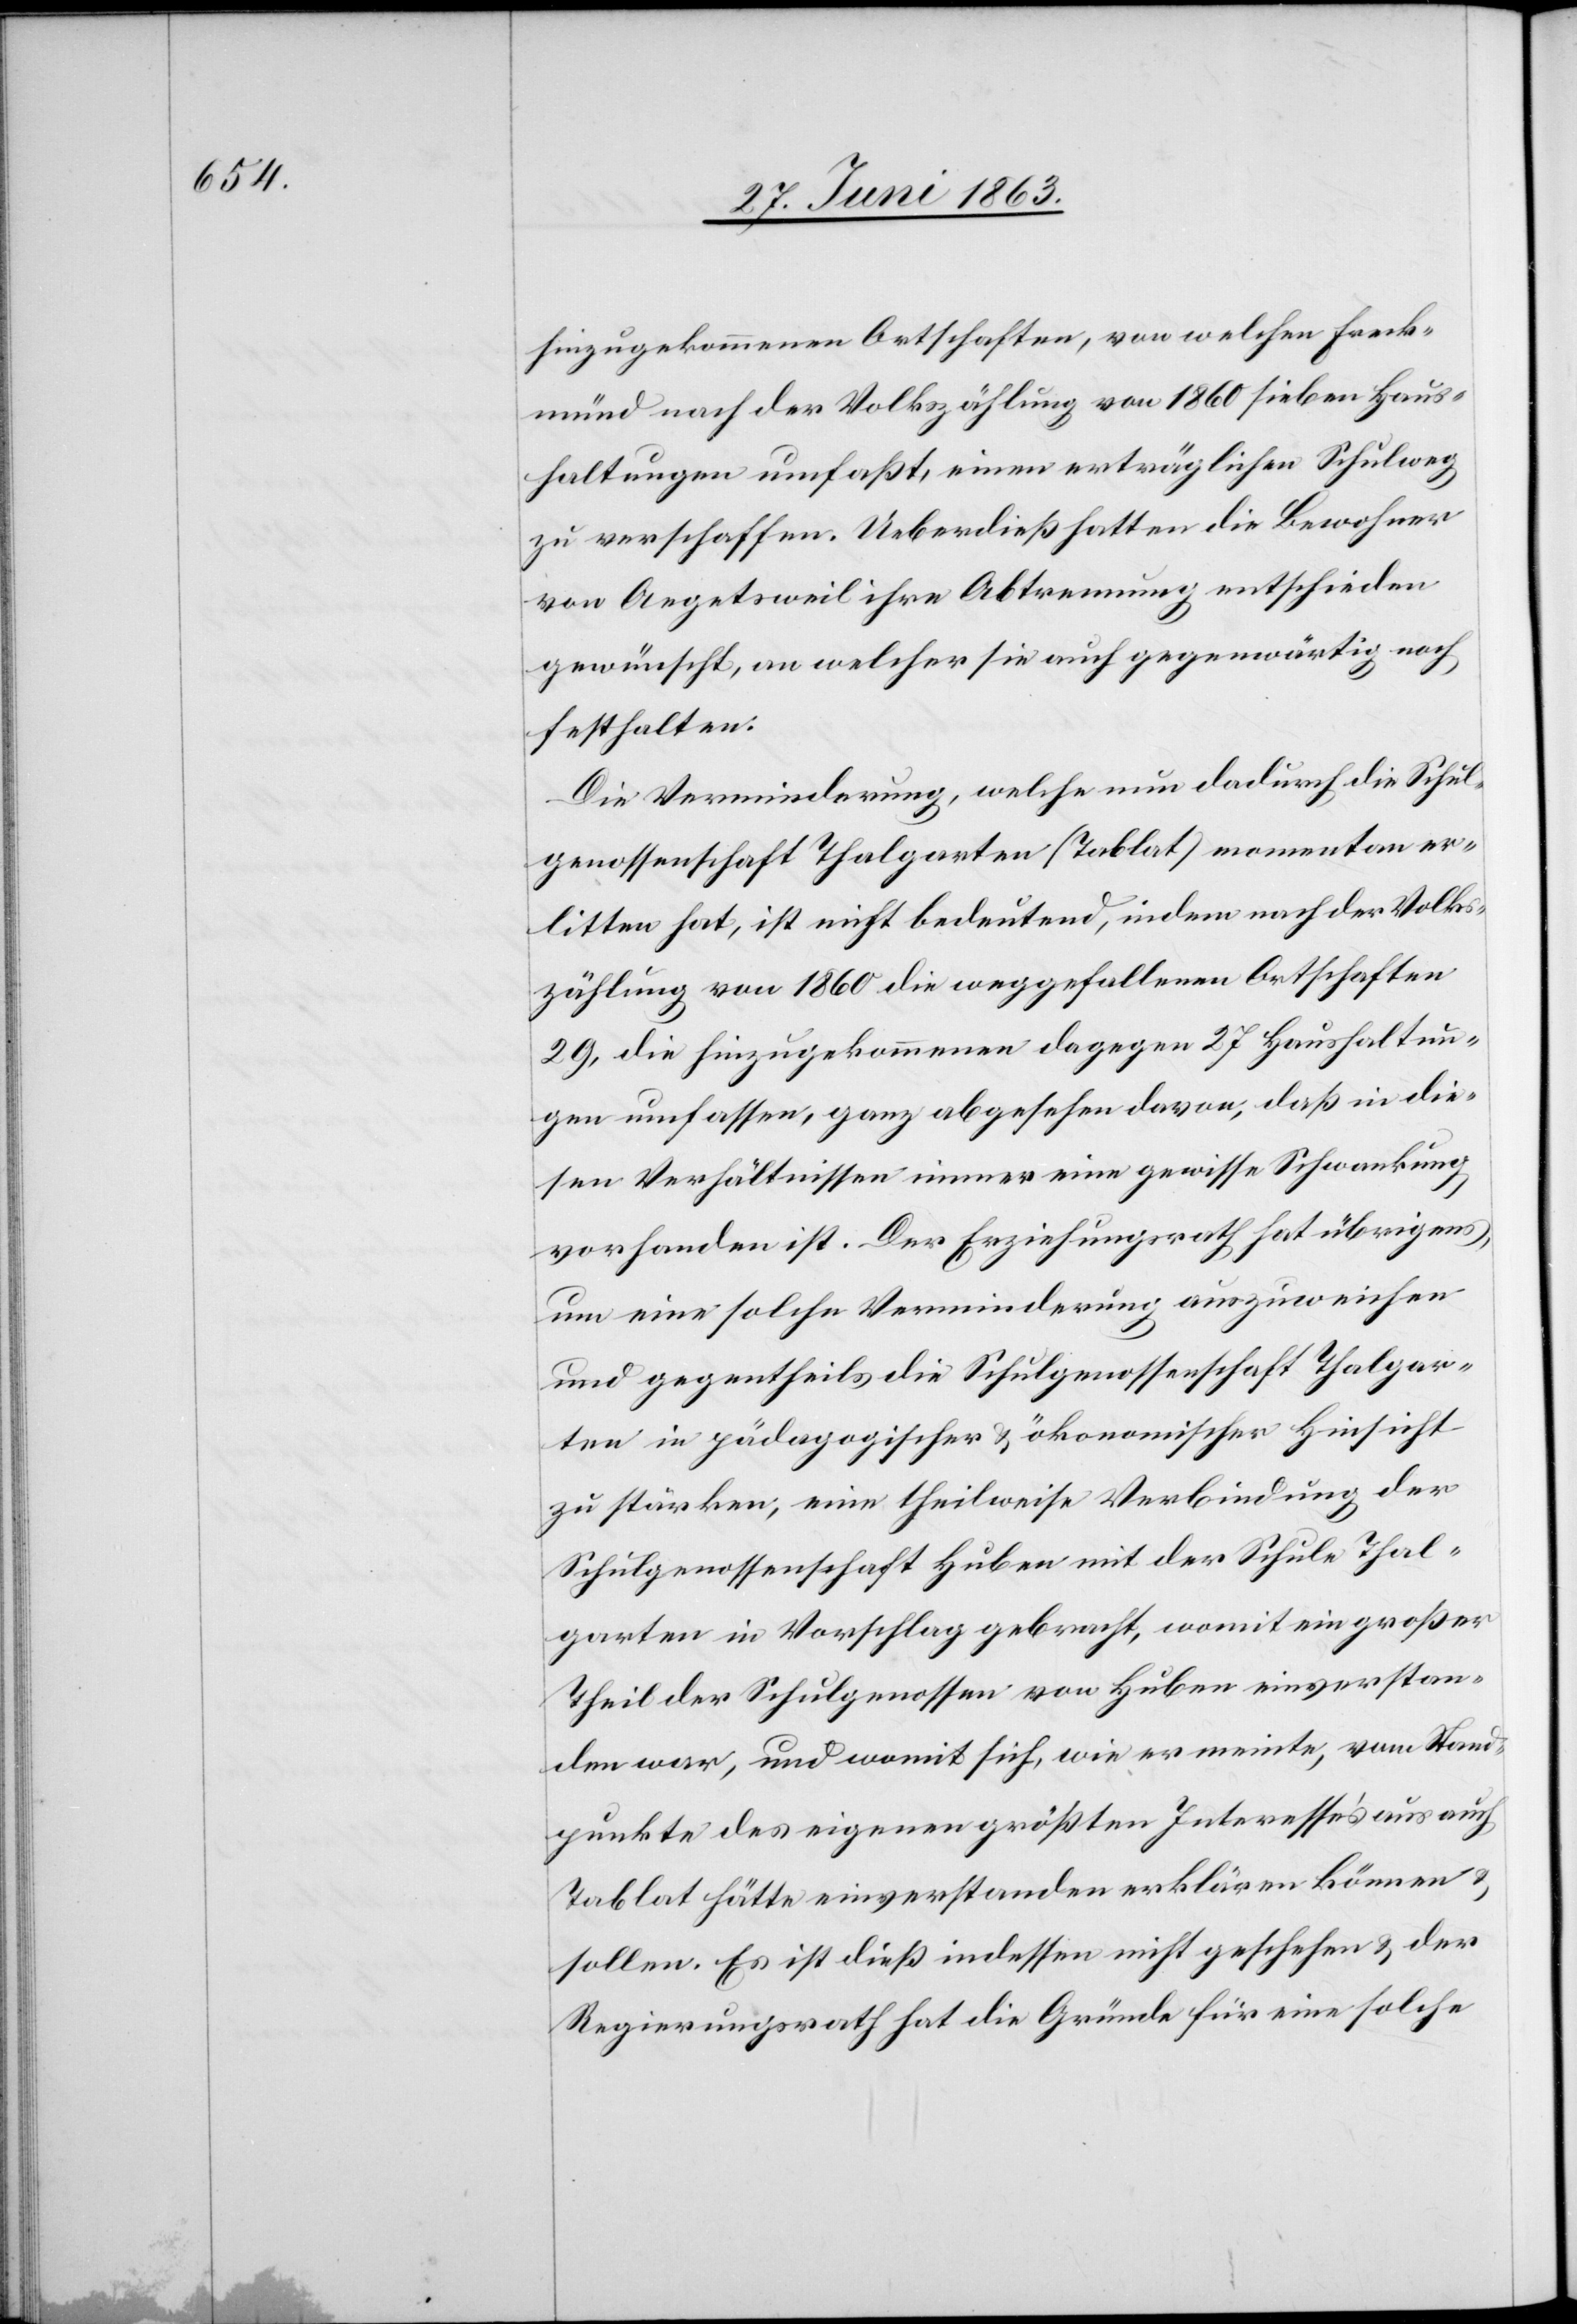
hinzugekommenen Ortschaften, von welchen Freck¬
münd nach der Volkszählung von 1860 sieben Haus¬
haltungen umfaßt, einen erträglichen Schulweg
zu verschaffen. Ueberdieß hatten die Bewohner
von Aegetsweil ihre Abtrennung entschieden
gewünscht, an welcher sie auch gegenwärtig noch
festhalten.
Die Verminderung, welche nun dadurch die Schul¬
genossenschaft Thalgarten (Tablat) momentan er¬
litten hat, ist nicht bedeutend, indem nach der Volks¬
zählung von 1860 die weggefallenen Ortschaften
29, die hinzugekommenen dagegen 27 Haushaltun¬
gen umfassen, ganz abgesehen davon, daß in die¬
sen Verhältnissen immer eine gewisse Schwankung
vorhanden ist. Der Erziehungsrath hat übrigens,
um eine solche Verminderung auszuweichen
und gegentheils die Schulgenossenschaft Thalgar¬
ten in pädagogischer & ökonomischer Hinsicht
zu stärken, eine theilweise Verbindung der
Schulgenossenschaft Huben mit der Schule Thal¬
garten in Vorschlag gebracht, womit ein großer
Theil der Schulgenossen von Huben einverstan¬
den war, und womit sich, wie er meinte, vom Stand¬
punkte des eigenen größten Interesse's aus auch
Tablat hätte einverstanden erklären können &
sollen. Es ist dieß indessen nicht geschehen & der
Regierungsrath hat die Gründe für eine solche